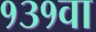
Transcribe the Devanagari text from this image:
१३१वा